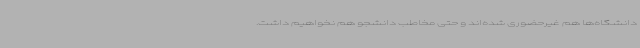
دانشگاه‌ها هم غیرحضوری شده‌اند و حتی مخاطب دانشجو هم نخواهیم داشت.